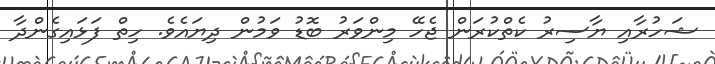
ޝަހުރާއި ޔާސިރު ކެތްކުރަން ޖެހޭ މިންވަރު ބޮޑު ވަމުން ދިޔައެވެ. ހިތް ފަޅައިގެންދާ